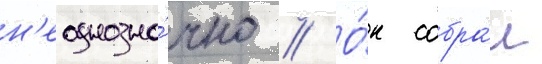
н'еоднозна́чно // О́н собра́л